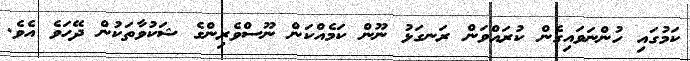
ކަމުގައި ހުންނަވައިގެން ކުރައްވަން ރަނގަޅު ނޫން ކަމެއްކަން ނޫސްވެރިންގެ ޝަކުވާތަކުން ދޭހަވެ އެވެ.